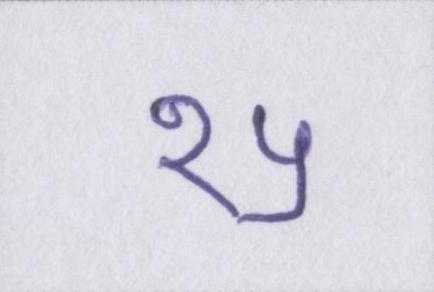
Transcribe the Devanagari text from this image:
१५